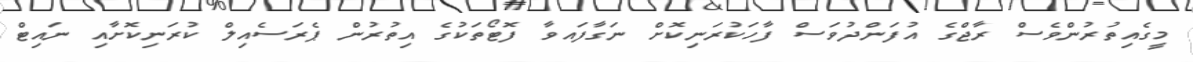
މީގެއިތުރުންވެސް ރާޖްގެ އުފަންދުވަސް ފާހަކުރަނިކޮށް ނަގާފައވާ ފޮޓޯތަކުގެ އިތުރުން ޕެރަސެއިލް ކުރަނިކޮށާއި ނައިޓް